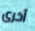
أخرى